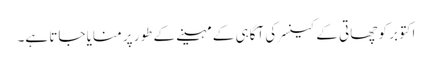
اکتوبر کو چھاتی کے کینسر کی آگاہی کے مہینے کے طور پر منایا جاتا ہے۔